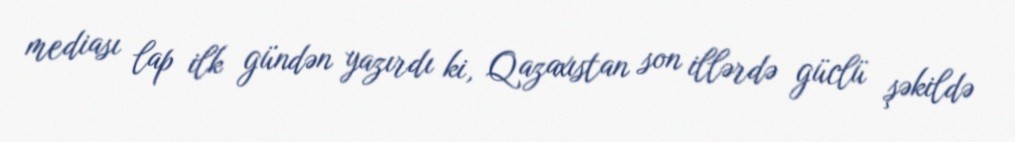
mediası lap ilk gündən yazırdı ki, Qazaxıstan son illərdə güclü şəkildə